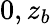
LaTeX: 0,z_{b}